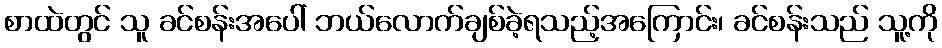
စာထဲတွင် သူ ခင်စန်းအပေါ် ဘယ်လောက်ချစ်ခဲ့ရသည့်အကြောင်း၊ ခင်စန်းသည် သူ့ကို